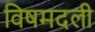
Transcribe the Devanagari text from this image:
विषमदली